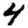
Digit: 4